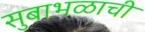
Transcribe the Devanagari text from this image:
सुबाभळाची